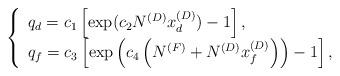
LaTeX: \begin{align*} \left\{ {\begin{array}{*{20}{l}} {q_{d}=c_1\left[\exp(c_2N^{(D)}x^{(D)}_d)-1\right],}\\ {q_{f}=c_3\left[\exp\left(c_4\left(N^{(F)}+N^{(D)}x^{(D)}_f\right)\right)-1\right],}\\\end{array}} \right.\end{align*}